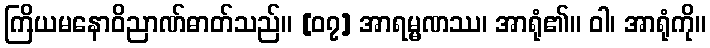
ကြိယမနောဝိညာဏ်ဓာတ်သည်။ [၀၇] အာရမ္မဏဿ၊ အာရုံ၏။ ဝါ၊ အာရုံကို။